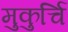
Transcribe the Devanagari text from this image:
मुकुर्चि